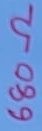
Text: 680Ω